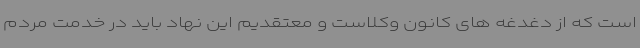
است که از دغدغه های کانون وکلاست و معتقدیم این نهاد باید در خدمت مردم